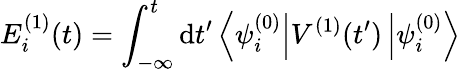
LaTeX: E_{i}^{(1)}(t)=\int_{-\infty}^{t}\mathrm{d}{t^{\prime}}\left\langle\psi_{i}^{(0)}\right|V^{(1)}(t^{\prime})\left|\psi_{i}^{(0)}\right\rangle